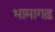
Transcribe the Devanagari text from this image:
भामागढ़